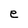
Character: e